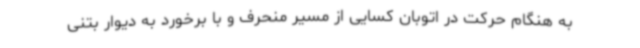
به هنگام حرکت در اتوبان کسایی از مسیر منحرف و با برخورد به دیوار بتنی